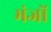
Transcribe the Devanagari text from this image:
भंजों